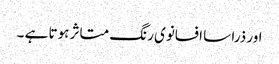
اور ذرا سا افسانوی رنگ متاثر ہوتا ہے ۔